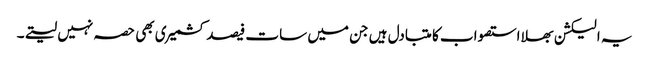
یہ الیکشن بھلا استصواب کا متبادل ہیں جن میں سات فیصد کشمیری بھی حصہ نہیں لیتے۔